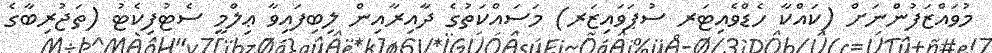
މުވައްޒަފުންނަށް (ކައްކާ ހެޑްވެއިޓަރ ސުޕަވައިޒަރ) މަސައްކަތުގެ ދާއިރާއިން ލިބިފައިވާ ޢިލްމީ ސެޓުފިކެޓު (ތަޖުރިބާގެ